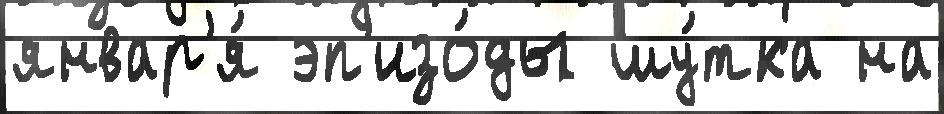
январ'я́ эп'изо́ды шу́тка на